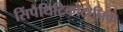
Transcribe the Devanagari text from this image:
सिंपैथिटिकोटोनिक